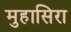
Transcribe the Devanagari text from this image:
मुहासिरा